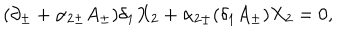
( \partial _ { \pm } + \alpha _ { 2 \pm } A _ { \pm } ) \delta _ { 1 } X _ { 2 } + \alpha _ { 2 \pm } ( \delta _ { 1 } A _ { \pm } ) X _ { 2 } = 0 ,